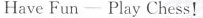
Have Fun—— Play Chess!